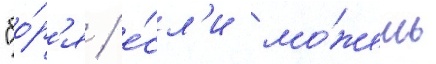
"бо́р'я / е́сл'и мо́жешь